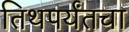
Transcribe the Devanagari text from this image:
तिथपर्यंतचा